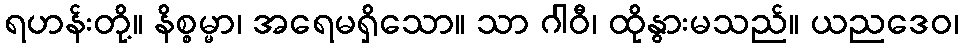
ရဟန်းတို့။ နိစ္စမ္မာ၊ အရေမရှိသော။ သာ ဂါဝီ၊ ထိုနွားမသည်။ ယညဒေဝ၊